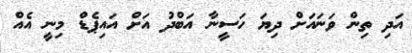
އަދި ތިން ވަނައަށް ދިޔަ ހަސީނާ އަބްދު އަށް އައިޕެޑް މިނީ އެއް